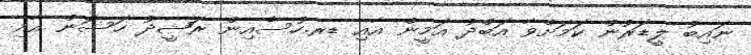
ނައިބު ލީޑަރުން ކަމަށްވާ އަބްދު އަމީން އާއި ޑރ.ހުސެއިން ރަޝީދު ހަސަން އާއި